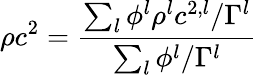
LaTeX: \rho c^{2}=\frac{\sum_{l}\phi^{l}\rho^{l}c^{2,l}/\Gamma^{l}}{\sum_{l}\phi^{l}/\Gamma^{l}}